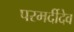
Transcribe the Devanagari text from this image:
परमर्दीदेव